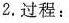
2.过程：